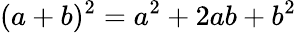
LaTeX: (a+b)^{2}=a^{2}+2ab+b^{2}